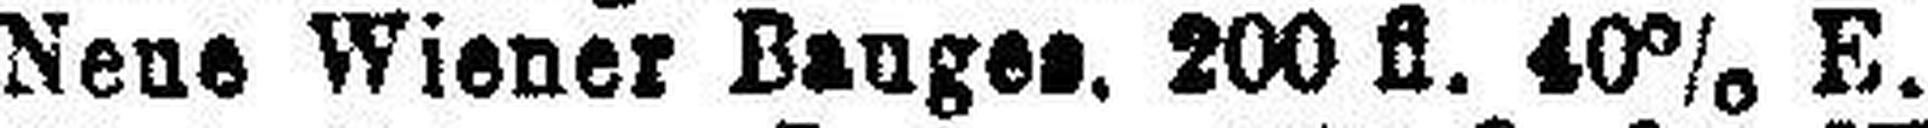
Neue Wiener Bauges. 200 fl. 40% E.